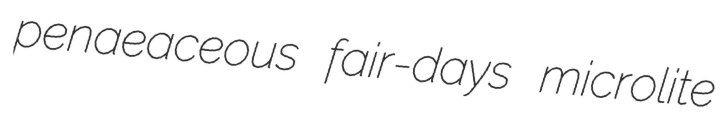
penaeaceous fair-days microlite